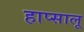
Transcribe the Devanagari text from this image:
हाप्सालू